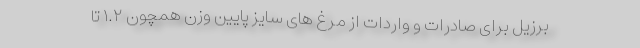
برزیل برای صادرات و واردات از مرغ های سایز پایین وزن همچون ۱.۲ تا